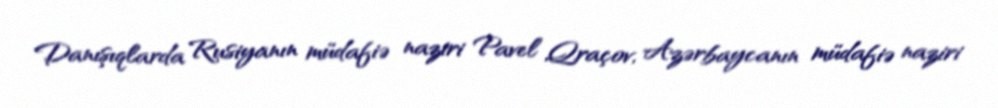
Danışıqlarda Rusiyanın müdafiə naziri Pavel Qraçov, Azərbaycanın müdafiə naziri